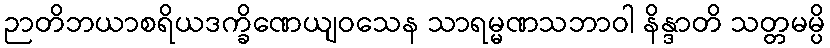
ဉာတိဘယာစရိယဒက္ခိဏေယျဝသေန သာရမ္မဏသဘာဝါ နိန္ဒာတိ သတ္တမမ္ပိ